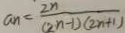
a _ { n } = \frac { 2 n } { ( 2 n - 1 ) ( 2 n + 1 ) }